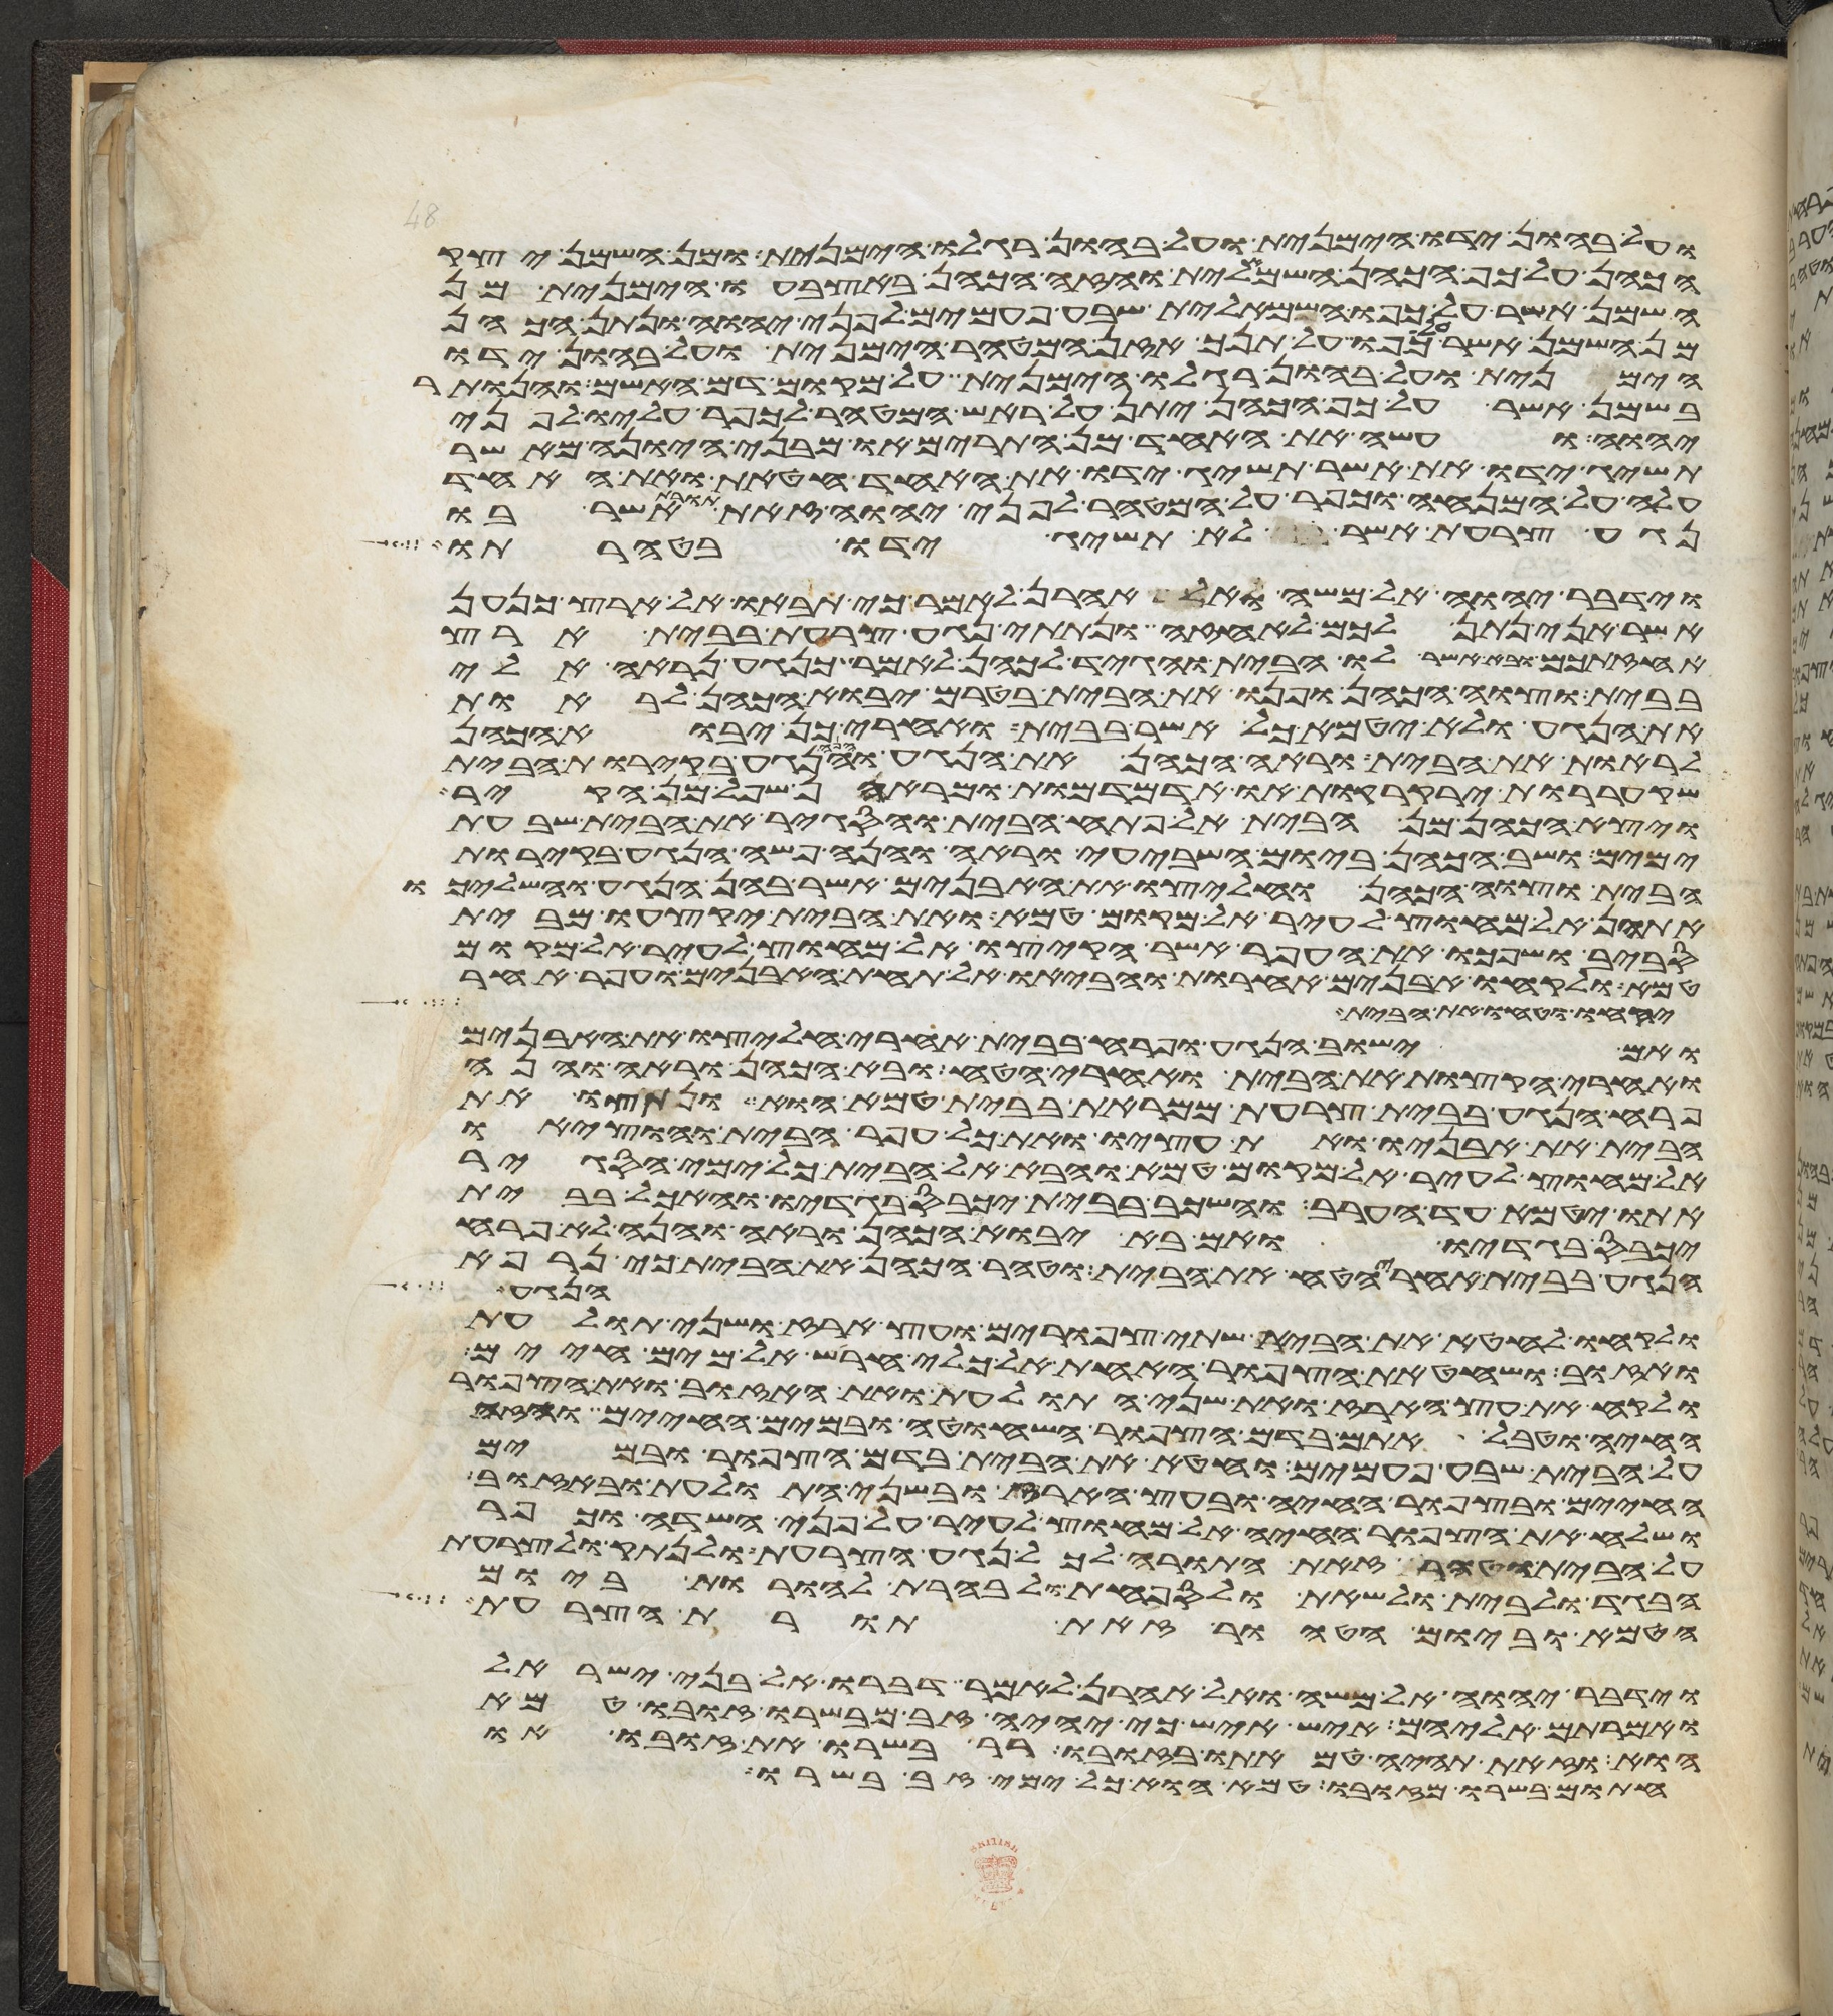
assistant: ועל בהון ידו הימנית ועל בהון רגלו הימנית ומן השמן יצק
הכהן על כף הכהן השמאלית והזה הכהן באצבעו הימנית מן
השמן אשר על כפו השמאלית שבע פעמים לפני יהוה ונתן הכהן
מן השמן אשר על כפו על תנך אזן המטהר הימנית ועל בהון ידו
הימנית ועל בהון רגלו הימנית על מקום דם האשם והנותר
בשמן אשר על כף הכהן יתן על ראש המטהר לכפר עליו לפני
יהוה ועשה את האחד מן התרים או מבני היונה מאשר
תשיג ידו את אשר תשיג ידו את האחד חטאת ואת האחד
עלה על המנחה וכפר על המטהר לפני יהוה זאת תורת אשר בו
נגע צרעת אשר לא תשיג ידו בטהרתו
וידבר יהוה אל משה ואל אהרן לאמר כי תבאו אל ארץ כנען
אשר אני נתן לכם לאחזה ונתתי נגע צרעת בבית ארץ
אחזתכם ובא אשר לו הבית והגיד לכהן לאמר כנגע נראה לי
בבית וצוה הכהן ופנו את הבית בטרם יבוא הכהן לראות
את הנגע ולא יטמא כל אשר בבית ואחרי כן יבוא הכהן
לראות את הבית וראה הכהן את הנגע והנה הנגע בקירות הבית
שקעררות ירקרקות או אדמדמות ומראהן שפל מן הקיר
ויצא הכהן מן הבית אל פתח הבית והסגיר את הבית שבעת
ימים ושב הכהן ביום השביעי וראה והנה פשה הנגע בקירות
הבית וצוה הכהן וחלצו את האבנים אשר בהן הנגע והשליכו
אתהן אל מחוץ לעיר אל מקום טמא ואת הבית יקצעו מבית
סביב ושפכו את העפר אשר הקיצו אל מחוץ לעיר אל מקום
טמא ולקחו אבנים אחרות והביאו אל תחת האבנים ועפר אחר
יקחו וטחו את הבית
ואם ישוב הנגע ופרח בבית אחרי חלצו את האבנים
ואחרי הקצות את הבית ואחרי הטח ובא הכהן וראה והנה
פרח הנגע בבית צרעת ממראת בבית טמא הוא ונתצו את
הבית את אבניו ואת עציו ואת כל עפר הבית והוציאו
אל מחוץ לעיר אל מקום טמא והבא אל הבית כל ימי הסגיר
אתו יטמא עד הערב והשכב בבית יכבס בגדיו והאכל בבית
יכבס בגדיו ואם בא יבוא הכהן וראה והנה לא פרח
הנגע בבית אחרי הטח את הבית וטהר הכהן את הבית כי נרפא
הנגע
ולקחו לחטא את הבית שתי צפורים ועץ ארז ושני תולעת
ואזוב ושחט את הצפור האחת אל כלי חרש על מים חיים
ולקח את עץ הארז ואת שני התולעת ואת האזוב ואת הצפור
החיה וטבל אתם בדם הצפור השחוטה ובמים החיים והזה
על הבית שבע פעמים וחטא את הבית בדם הצפור ובמים
החיים ובצפור החיה ובעץ הארז ובשני התולעת ובאזוב
ושלח את הצפור החיה אל מחוץ לעיר על פני השדה וכפר
על הבית וטהר זאת התורה לכל נגע הצרעת ולנתק ולצרעת
הבגד ולבית ולשאת ולספחת ולבהרת להורות ביום
הטמא וביום הטהור זאת תורת הצרעת
וידבר יהוה אל משה ואל אהרן לאמר דברו אל בני ישראל
ואמרתם אליהם איש איש כי יהיה זב מבשרו זובו טמא
הוא וזאת תהיה טמאתו בזובו רר בשרו את זובו או
חתום בשרו מזובו טמא הוא כל ימי זב בשרו